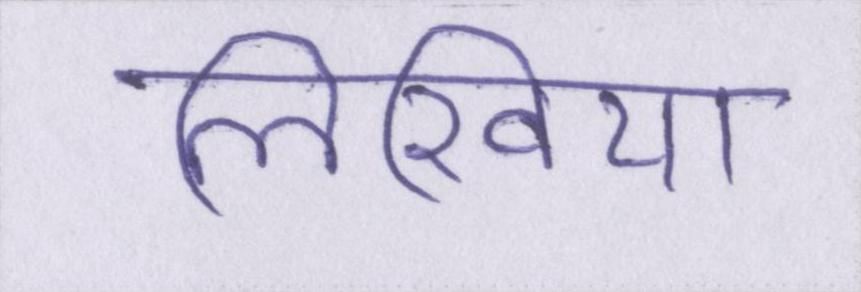
लिखिया